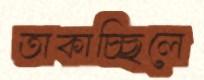
তাকাচ্ছিলে